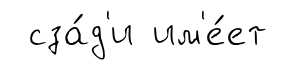
сза́д'и им'е́ет